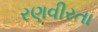
રણવીરતા